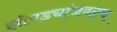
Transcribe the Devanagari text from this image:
झोपड्यांजवळच